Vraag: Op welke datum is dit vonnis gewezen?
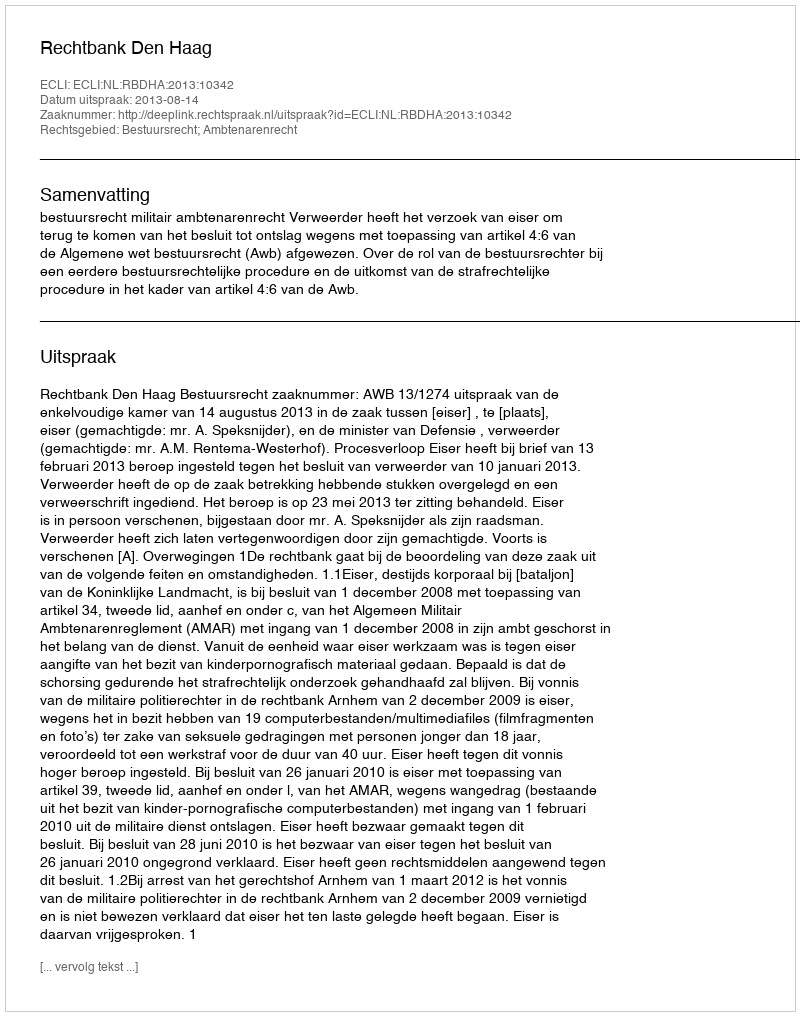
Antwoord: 2013-08-14